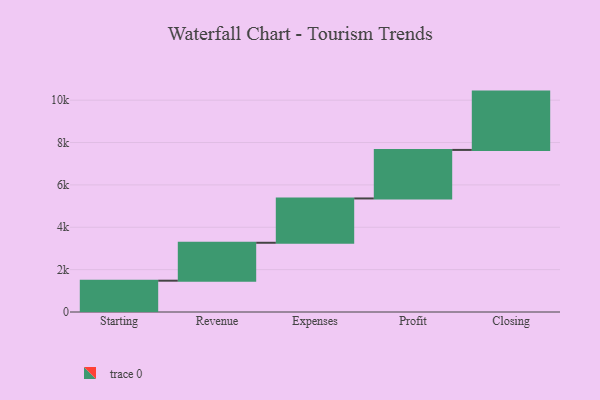
{"axis": {"x": "Step", "y": "Value"}, "legend": [""], "data": [{"x": "Starting", "y": 1478.0, "type": ""}, {"x": "Revenue", "y": 1790.0, "type": ""}, {"x": "Expenses", "y": 2092.0, "type": ""}, {"x": "Profit", "y": 2291.0, "type": ""}, {"x": "Closing", "y": 2753.0, "type": ""}]}